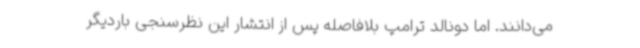
می‌دانند. اما دونالد ترامپ بلافاصله پس از انتشار این نظرسنجی باردیگر